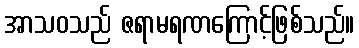
အာသဝသည် ဇရာမရဏကြောင့်ဖြစ်သည်။